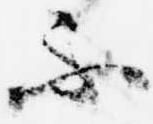
不